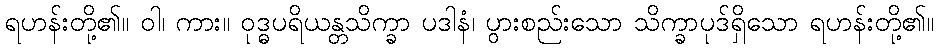
ရဟန်းတို့၏။ ဝါ၊ ကား။ ဝုဒ္ဓပရိယန္တသိက္ခာ ပဒါနံ၊ ပွားစည်းသော သိက္ခာပုဒ်ရှိသော ရဟန်းတို့၏။